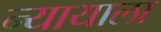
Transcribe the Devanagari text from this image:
न्यायाला